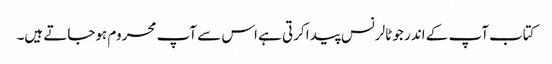
کتاب آپ کے اندر جو ٹالرنس پیدا کرتی ہے اس سے آپ محروم ہوجاتے ہیں۔